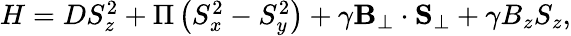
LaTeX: \begin{array}{r}{{H}=DS_{z}^{2}+\Pi\left(S_{x}^{2}-S_{y}^{2}\right)+\gamma\mathbf{B}_{\perp}\cdot\mathbf{S}_{\perp}+\gamma B_{z}S_{z},}\end{array}